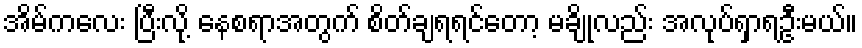
အိမ်ကလေး ပြီးလို့ နေစရာအတွက် စိတ်ချရရင်တော့ မချိုလည်း အလုပ်ရှာရဦးမယ်။